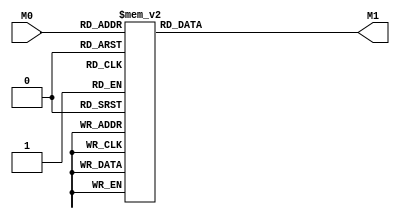
module layer3_N12 ( input [9:0] M0, output [1:0] M1 );

	(*rom_style = "distributed" *) reg [1:0] M1r;
	assign M1 = M1r;
	always @ (M0) begin
		case (M0)
			10'b0000000000: M1r = 2'b00;
			10'b0100000000: M1r = 2'b01;
			10'b1000000000: M1r = 2'b01;
			10'b1100000000: M1r = 2'b01;
			10'b0001000000: M1r = 2'b00;
			10'b0101000000: M1r = 2'b00;
			10'b1001000000: M1r = 2'b00;
			10'b1101000000: M1r = 2'b01;
			10'b0010000000: M1r = 2'b00;
			10'b0110000000: M1r = 2'b00;
			10'b1010000000: M1r = 2'b00;
			10'b1110000000: M1r = 2'b00;
			10'b0011000000: M1r = 2'b00;
			10'b0111000000: M1r = 2'b00;
			10'b1011000000: M1r = 2'b00;
			10'b1111000000: M1r = 2'b00;
			10'b0000010000: M1r = 2'b01;
			10'b0100010000: M1r = 2'b10;
			10'b1000010000: M1r = 2'b10;
			10'b1100010000: M1r = 2'b10;
			10'b0001010000: M1r = 2'b01;
			10'b0101010000: M1r = 2'b01;
			10'b1001010000: M1r = 2'b01;
			10'b1101010000: M1r = 2'b10;
			10'b0010010000: M1r = 2'b00;
			10'b0110010000: M1r = 2'b01;
			10'b1010010000: M1r = 2'b01;
			10'b1110010000: M1r = 2'b01;
			10'b0011010000: M1r = 2'b00;
			10'b0111010000: M1r = 2'b00;
			10'b1011010000: M1r = 2'b00;
			10'b1111010000: M1r = 2'b01;
			10'b0000100000: M1r = 2'b11;
			10'b0100100000: M1r = 2'b11;
			10'b1000100000: M1r = 2'b11;
			10'b1100100000: M1r = 2'b11;
			10'b0001100000: M1r = 2'b10;
			10'b0101100000: M1r = 2'b10;
			10'b1001100000: M1r = 2'b11;
			10'b1101100000: M1r = 2'b11;
			10'b0010100000: M1r = 2'b01;
			10'b0110100000: M1r = 2'b10;
			10'b1010100000: M1r = 2'b10;
			10'b1110100000: M1r = 2'b10;
			10'b0011100000: M1r = 2'b01;
			10'b0111100000: M1r = 2'b01;
			10'b1011100000: M1r = 2'b01;
			10'b1111100000: M1r = 2'b10;
			10'b0000110000: M1r = 2'b11;
			10'b0100110000: M1r = 2'b11;
			10'b1000110000: M1r = 2'b11;
			10'b1100110000: M1r = 2'b11;
			10'b0001110000: M1r = 2'b11;
			10'b0101110000: M1r = 2'b11;
			10'b1001110000: M1r = 2'b11;
			10'b1101110000: M1r = 2'b11;
			10'b0010110000: M1r = 2'b11;
			10'b0110110000: M1r = 2'b11;
			10'b1010110000: M1r = 2'b11;
			10'b1110110000: M1r = 2'b11;
			10'b0011110000: M1r = 2'b10;
			10'b0111110000: M1r = 2'b10;
			10'b1011110000: M1r = 2'b11;
			10'b1111110000: M1r = 2'b11;
			10'b0000000100: M1r = 2'b01;
			10'b0100000100: M1r = 2'b01;
			10'b1000000100: M1r = 2'b01;
			10'b1100000100: M1r = 2'b01;
			10'b0001000100: M1r = 2'b00;
			10'b0101000100: M1r = 2'b00;
			10'b1001000100: M1r = 2'b01;
			10'b1101000100: M1r = 2'b01;
			10'b0010000100: M1r = 2'b00;
			10'b0110000100: M1r = 2'b00;
			10'b1010000100: M1r = 2'b00;
			10'b1110000100: M1r = 2'b00;
			10'b0011000100: M1r = 2'b00;
			10'b0111000100: M1r = 2'b00;
			10'b1011000100: M1r = 2'b00;
			10'b1111000100: M1r = 2'b00;
			10'b0000010100: M1r = 2'b10;
			10'b0100010100: M1r = 2'b10;
			10'b1000010100: M1r = 2'b10;
			10'b1100010100: M1r = 2'b11;
			10'b0001010100: M1r = 2'b01;
			10'b0101010100: M1r = 2'b01;
			10'b1001010100: M1r = 2'b10;
			10'b1101010100: M1r = 2'b10;
			10'b0010010100: M1r = 2'b01;
			10'b0110010100: M1r = 2'b01;
			10'b1010010100: M1r = 2'b01;
			10'b1110010100: M1r = 2'b01;
			10'b0011010100: M1r = 2'b00;
			10'b0111010100: M1r = 2'b00;
			10'b1011010100: M1r = 2'b01;
			10'b1111010100: M1r = 2'b01;
			10'b0000100100: M1r = 2'b11;
			10'b0100100100: M1r = 2'b11;
			10'b1000100100: M1r = 2'b11;
			10'b1100100100: M1r = 2'b11;
			10'b0001100100: M1r = 2'b10;
			10'b0101100100: M1r = 2'b11;
			10'b1001100100: M1r = 2'b11;
			10'b1101100100: M1r = 2'b11;
			10'b0010100100: M1r = 2'b10;
			10'b0110100100: M1r = 2'b10;
			10'b1010100100: M1r = 2'b10;
			10'b1110100100: M1r = 2'b11;
			10'b0011100100: M1r = 2'b01;
			10'b0111100100: M1r = 2'b01;
			10'b1011100100: M1r = 2'b10;
			10'b1111100100: M1r = 2'b10;
			10'b0000110100: M1r = 2'b11;
			10'b0100110100: M1r = 2'b11;
			10'b1000110100: M1r = 2'b11;
			10'b1100110100: M1r = 2'b11;
			10'b0001110100: M1r = 2'b11;
			10'b0101110100: M1r = 2'b11;
			10'b1001110100: M1r = 2'b11;
			10'b1101110100: M1r = 2'b11;
			10'b0010110100: M1r = 2'b11;
			10'b0110110100: M1r = 2'b11;
			10'b1010110100: M1r = 2'b11;
			10'b1110110100: M1r = 2'b11;
			10'b0011110100: M1r = 2'b10;
			10'b0111110100: M1r = 2'b11;
			10'b1011110100: M1r = 2'b11;
			10'b1111110100: M1r = 2'b11;
			10'b0000001000: M1r = 2'b01;
			10'b0100001000: M1r = 2'b01;
			10'b1000001000: M1r = 2'b01;
			10'b1100001000: M1r = 2'b10;
			10'b0001001000: M1r = 2'b00;
			10'b0101001000: M1r = 2'b01;
			10'b1001001000: M1r = 2'b01;
			10'b1101001000: M1r = 2'b01;
			10'b0010001000: M1r = 2'b00;
			10'b0110001000: M1r = 2'b00;
			10'b1010001000: M1r = 2'b00;
			10'b1110001000: M1r = 2'b01;
			10'b0011001000: M1r = 2'b00;
			10'b0111001000: M1r = 2'b00;
			10'b1011001000: M1r = 2'b00;
			10'b1111001000: M1r = 2'b00;
			10'b0000011000: M1r = 2'b10;
			10'b0100011000: M1r = 2'b10;
			10'b1000011000: M1r = 2'b11;
			10'b1100011000: M1r = 2'b11;
			10'b0001011000: M1r = 2'b01;
			10'b0101011000: M1r = 2'b10;
			10'b1001011000: M1r = 2'b10;
			10'b1101011000: M1r = 2'b10;
			10'b0010011000: M1r = 2'b01;
			10'b0110011000: M1r = 2'b01;
			10'b1010011000: M1r = 2'b01;
			10'b1110011000: M1r = 2'b10;
			10'b0011011000: M1r = 2'b00;
			10'b0111011000: M1r = 2'b01;
			10'b1011011000: M1r = 2'b01;
			10'b1111011000: M1r = 2'b01;
			10'b0000101000: M1r = 2'b11;
			10'b0100101000: M1r = 2'b11;
			10'b1000101000: M1r = 2'b11;
			10'b1100101000: M1r = 2'b11;
			10'b0001101000: M1r = 2'b11;
			10'b0101101000: M1r = 2'b11;
			10'b1001101000: M1r = 2'b11;
			10'b1101101000: M1r = 2'b11;
			10'b0010101000: M1r = 2'b10;
			10'b0110101000: M1r = 2'b10;
			10'b1010101000: M1r = 2'b11;
			10'b1110101000: M1r = 2'b11;
			10'b0011101000: M1r = 2'b01;
			10'b0111101000: M1r = 2'b10;
			10'b1011101000: M1r = 2'b10;
			10'b1111101000: M1r = 2'b10;
			10'b0000111000: M1r = 2'b11;
			10'b0100111000: M1r = 2'b11;
			10'b1000111000: M1r = 2'b11;
			10'b1100111000: M1r = 2'b11;
			10'b0001111000: M1r = 2'b11;
			10'b0101111000: M1r = 2'b11;
			10'b1001111000: M1r = 2'b11;
			10'b1101111000: M1r = 2'b11;
			10'b0010111000: M1r = 2'b11;
			10'b0110111000: M1r = 2'b11;
			10'b1010111000: M1r = 2'b11;
			10'b1110111000: M1r = 2'b11;
			10'b0011111000: M1r = 2'b10;
			10'b0111111000: M1r = 2'b11;
			10'b1011111000: M1r = 2'b11;
			10'b1111111000: M1r = 2'b11;
			10'b0000001100: M1r = 2'b01;
			10'b0100001100: M1r = 2'b01;
			10'b1000001100: M1r = 2'b10;
			10'b1100001100: M1r = 2'b10;
			10'b0001001100: M1r = 2'b01;
			10'b0101001100: M1r = 2'b01;
			10'b1001001100: M1r = 2'b01;
			10'b1101001100: M1r = 2'b01;
			10'b0010001100: M1r = 2'b00;
			10'b0110001100: M1r = 2'b00;
			10'b1010001100: M1r = 2'b01;
			10'b1110001100: M1r = 2'b01;
			10'b0011001100: M1r = 2'b00;
			10'b0111001100: M1r = 2'b00;
			10'b1011001100: M1r = 2'b00;
			10'b1111001100: M1r = 2'b00;
			10'b0000011100: M1r = 2'b10;
			10'b0100011100: M1r = 2'b11;
			10'b1000011100: M1r = 2'b11;
			10'b1100011100: M1r = 2'b11;
			10'b0001011100: M1r = 2'b10;
			10'b0101011100: M1r = 2'b10;
			10'b1001011100: M1r = 2'b10;
			10'b1101011100: M1r = 2'b11;
			10'b0010011100: M1r = 2'b01;
			10'b0110011100: M1r = 2'b01;
			10'b1010011100: M1r = 2'b10;
			10'b1110011100: M1r = 2'b10;
			10'b0011011100: M1r = 2'b00;
			10'b0111011100: M1r = 2'b01;
			10'b1011011100: M1r = 2'b01;
			10'b1111011100: M1r = 2'b01;
			10'b0000101100: M1r = 2'b11;
			10'b0100101100: M1r = 2'b11;
			10'b1000101100: M1r = 2'b11;
			10'b1100101100: M1r = 2'b11;
			10'b0001101100: M1r = 2'b11;
			10'b0101101100: M1r = 2'b11;
			10'b1001101100: M1r = 2'b11;
			10'b1101101100: M1r = 2'b11;
			10'b0010101100: M1r = 2'b10;
			10'b0110101100: M1r = 2'b11;
			10'b1010101100: M1r = 2'b11;
			10'b1110101100: M1r = 2'b11;
			10'b0011101100: M1r = 2'b10;
			10'b0111101100: M1r = 2'b10;
			10'b1011101100: M1r = 2'b10;
			10'b1111101100: M1r = 2'b11;
			10'b0000111100: M1r = 2'b11;
			10'b0100111100: M1r = 2'b11;
			10'b1000111100: M1r = 2'b11;
			10'b1100111100: M1r = 2'b11;
			10'b0001111100: M1r = 2'b11;
			10'b0101111100: M1r = 2'b11;
			10'b1001111100: M1r = 2'b11;
			10'b1101111100: M1r = 2'b11;
			10'b0010111100: M1r = 2'b11;
			10'b0110111100: M1r = 2'b11;
			10'b1010111100: M1r = 2'b11;
			10'b1110111100: M1r = 2'b11;
			10'b0011111100: M1r = 2'b11;
			10'b0111111100: M1r = 2'b11;
			10'b1011111100: M1r = 2'b11;
			10'b1111111100: M1r = 2'b11;
			10'b0000000001: M1r = 2'b00;
			10'b0100000001: M1r = 2'b00;
			10'b1000000001: M1r = 2'b00;
			10'b1100000001: M1r = 2'b00;
			10'b0001000001: M1r = 2'b00;
			10'b0101000001: M1r = 2'b00;
			10'b1001000001: M1r = 2'b00;
			10'b1101000001: M1r = 2'b00;
			10'b0010000001: M1r = 2'b00;
			10'b0110000001: M1r = 2'b00;
			10'b1010000001: M1r = 2'b00;
			10'b1110000001: M1r = 2'b00;
			10'b0011000001: M1r = 2'b00;
			10'b0111000001: M1r = 2'b00;
			10'b1011000001: M1r = 2'b00;
			10'b1111000001: M1r = 2'b00;
			10'b0000010001: M1r = 2'b00;
			10'b0100010001: M1r = 2'b01;
			10'b1000010001: M1r = 2'b01;
			10'b1100010001: M1r = 2'b01;
			10'b0001010001: M1r = 2'b00;
			10'b0101010001: M1r = 2'b00;
			10'b1001010001: M1r = 2'b00;
			10'b1101010001: M1r = 2'b01;
			10'b0010010001: M1r = 2'b00;
			10'b0110010001: M1r = 2'b00;
			10'b1010010001: M1r = 2'b00;
			10'b1110010001: M1r = 2'b00;
			10'b0011010001: M1r = 2'b00;
			10'b0111010001: M1r = 2'b00;
			10'b1011010001: M1r = 2'b00;
			10'b1111010001: M1r = 2'b00;
			10'b0000100001: M1r = 2'b01;
			10'b0100100001: M1r = 2'b10;
			10'b1000100001: M1r = 2'b10;
			10'b1100100001: M1r = 2'b10;
			10'b0001100001: M1r = 2'b01;
			10'b0101100001: M1r = 2'b01;
			10'b1001100001: M1r = 2'b01;
			10'b1101100001: M1r = 2'b10;
			10'b0010100001: M1r = 2'b00;
			10'b0110100001: M1r = 2'b01;
			10'b1010100001: M1r = 2'b01;
			10'b1110100001: M1r = 2'b01;
			10'b0011100001: M1r = 2'b00;
			10'b0111100001: M1r = 2'b00;
			10'b1011100001: M1r = 2'b00;
			10'b1111100001: M1r = 2'b01;
			10'b0000110001: M1r = 2'b11;
			10'b0100110001: M1r = 2'b11;
			10'b1000110001: M1r = 2'b11;
			10'b1100110001: M1r = 2'b11;
			10'b0001110001: M1r = 2'b10;
			10'b0101110001: M1r = 2'b10;
			10'b1001110001: M1r = 2'b11;
			10'b1101110001: M1r = 2'b11;
			10'b0010110001: M1r = 2'b01;
			10'b0110110001: M1r = 2'b10;
			10'b1010110001: M1r = 2'b10;
			10'b1110110001: M1r = 2'b10;
			10'b0011110001: M1r = 2'b01;
			10'b0111110001: M1r = 2'b01;
			10'b1011110001: M1r = 2'b01;
			10'b1111110001: M1r = 2'b10;
			10'b0000000101: M1r = 2'b00;
			10'b0100000101: M1r = 2'b00;
			10'b1000000101: M1r = 2'b00;
			10'b1100000101: M1r = 2'b00;
			10'b0001000101: M1r = 2'b00;
			10'b0101000101: M1r = 2'b00;
			10'b1001000101: M1r = 2'b00;
			10'b1101000101: M1r = 2'b00;
			10'b0010000101: M1r = 2'b00;
			10'b0110000101: M1r = 2'b00;
			10'b1010000101: M1r = 2'b00;
			10'b1110000101: M1r = 2'b00;
			10'b0011000101: M1r = 2'b00;
			10'b0111000101: M1r = 2'b00;
			10'b1011000101: M1r = 2'b00;
			10'b1111000101: M1r = 2'b00;
			10'b0000010101: M1r = 2'b01;
			10'b0100010101: M1r = 2'b01;
			10'b1000010101: M1r = 2'b01;
			10'b1100010101: M1r = 2'b01;
			10'b0001010101: M1r = 2'b00;
			10'b0101010101: M1r = 2'b00;
			10'b1001010101: M1r = 2'b01;
			10'b1101010101: M1r = 2'b01;
			10'b0010010101: M1r = 2'b00;
			10'b0110010101: M1r = 2'b00;
			10'b1010010101: M1r = 2'b00;
			10'b1110010101: M1r = 2'b00;
			10'b0011010101: M1r = 2'b00;
			10'b0111010101: M1r = 2'b00;
			10'b1011010101: M1r = 2'b00;
			10'b1111010101: M1r = 2'b00;
			10'b0000100101: M1r = 2'b10;
			10'b0100100101: M1r = 2'b10;
			10'b1000100101: M1r = 2'b10;
			10'b1100100101: M1r = 2'b11;
			10'b0001100101: M1r = 2'b01;
			10'b0101100101: M1r = 2'b01;
			10'b1001100101: M1r = 2'b10;
			10'b1101100101: M1r = 2'b10;
			10'b0010100101: M1r = 2'b01;
			10'b0110100101: M1r = 2'b01;
			10'b1010100101: M1r = 2'b01;
			10'b1110100101: M1r = 2'b01;
			10'b0011100101: M1r = 2'b00;
			10'b0111100101: M1r = 2'b00;
			10'b1011100101: M1r = 2'b01;
			10'b1111100101: M1r = 2'b01;
			10'b0000110101: M1r = 2'b11;
			10'b0100110101: M1r = 2'b11;
			10'b1000110101: M1r = 2'b11;
			10'b1100110101: M1r = 2'b11;
			10'b0001110101: M1r = 2'b10;
			10'b0101110101: M1r = 2'b11;
			10'b1001110101: M1r = 2'b11;
			10'b1101110101: M1r = 2'b11;
			10'b0010110101: M1r = 2'b10;
			10'b0110110101: M1r = 2'b10;
			10'b1010110101: M1r = 2'b10;
			10'b1110110101: M1r = 2'b11;
			10'b0011110101: M1r = 2'b01;
			10'b0111110101: M1r = 2'b01;
			10'b1011110101: M1r = 2'b10;
			10'b1111110101: M1r = 2'b10;
			10'b0000001001: M1r = 2'b00;
			10'b0100001001: M1r = 2'b00;
			10'b1000001001: M1r = 2'b00;
			10'b1100001001: M1r = 2'b01;
			10'b0001001001: M1r = 2'b00;
			10'b0101001001: M1r = 2'b00;
			10'b1001001001: M1r = 2'b00;
			10'b1101001001: M1r = 2'b00;
			10'b0010001001: M1r = 2'b00;
			10'b0110001001: M1r = 2'b00;
			10'b1010001001: M1r = 2'b00;
			10'b1110001001: M1r = 2'b00;
			10'b0011001001: M1r = 2'b00;
			10'b0111001001: M1r = 2'b00;
			10'b1011001001: M1r = 2'b00;
			10'b1111001001: M1r = 2'b00;
			10'b0000011001: M1r = 2'b01;
			10'b0100011001: M1r = 2'b01;
			10'b1000011001: M1r = 2'b01;
			10'b1100011001: M1r = 2'b10;
			10'b0001011001: M1r = 2'b00;
			10'b0101011001: M1r = 2'b01;
			10'b1001011001: M1r = 2'b01;
			10'b1101011001: M1r = 2'b01;
			10'b0010011001: M1r = 2'b00;
			10'b0110011001: M1r = 2'b00;
			10'b1010011001: M1r = 2'b00;
			10'b1110011001: M1r = 2'b01;
			10'b0011011001: M1r = 2'b00;
			10'b0111011001: M1r = 2'b00;
			10'b1011011001: M1r = 2'b00;
			10'b1111011001: M1r = 2'b00;
			10'b0000101001: M1r = 2'b10;
			10'b0100101001: M1r = 2'b10;
			10'b1000101001: M1r = 2'b11;
			10'b1100101001: M1r = 2'b11;
			10'b0001101001: M1r = 2'b01;
			10'b0101101001: M1r = 2'b10;
			10'b1001101001: M1r = 2'b10;
			10'b1101101001: M1r = 2'b10;
			10'b0010101001: M1r = 2'b01;
			10'b0110101001: M1r = 2'b01;
			10'b1010101001: M1r = 2'b01;
			10'b1110101001: M1r = 2'b10;
			10'b0011101001: M1r = 2'b00;
			10'b0111101001: M1r = 2'b01;
			10'b1011101001: M1r = 2'b01;
			10'b1111101001: M1r = 2'b01;
			10'b0000111001: M1r = 2'b11;
			10'b0100111001: M1r = 2'b11;
			10'b1000111001: M1r = 2'b11;
			10'b1100111001: M1r = 2'b11;
			10'b0001111001: M1r = 2'b11;
			10'b0101111001: M1r = 2'b11;
			10'b1001111001: M1r = 2'b11;
			10'b1101111001: M1r = 2'b11;
			10'b0010111001: M1r = 2'b10;
			10'b0110111001: M1r = 2'b10;
			10'b1010111001: M1r = 2'b11;
			10'b1110111001: M1r = 2'b11;
			10'b0011111001: M1r = 2'b01;
			10'b0111111001: M1r = 2'b10;
			10'b1011111001: M1r = 2'b10;
			10'b1111111001: M1r = 2'b10;
			10'b0000001101: M1r = 2'b00;
			10'b0100001101: M1r = 2'b00;
			10'b1000001101: M1r = 2'b01;
			10'b1100001101: M1r = 2'b01;
			10'b0001001101: M1r = 2'b00;
			10'b0101001101: M1r = 2'b00;
			10'b1001001101: M1r = 2'b00;
			10'b1101001101: M1r = 2'b00;
			10'b0010001101: M1r = 2'b00;
			10'b0110001101: M1r = 2'b00;
			10'b1010001101: M1r = 2'b00;
			10'b1110001101: M1r = 2'b00;
			10'b0011001101: M1r = 2'b00;
			10'b0111001101: M1r = 2'b00;
			10'b1011001101: M1r = 2'b00;
			10'b1111001101: M1r = 2'b00;
			10'b0000011101: M1r = 2'b01;
			10'b0100011101: M1r = 2'b01;
			10'b1000011101: M1r = 2'b10;
			10'b1100011101: M1r = 2'b10;
			10'b0001011101: M1r = 2'b01;
			10'b0101011101: M1r = 2'b01;
			10'b1001011101: M1r = 2'b01;
			10'b1101011101: M1r = 2'b01;
			10'b0010011101: M1r = 2'b00;
			10'b0110011101: M1r = 2'b00;
			10'b1010011101: M1r = 2'b01;
			10'b1110011101: M1r = 2'b01;
			10'b0011011101: M1r = 2'b00;
			10'b0111011101: M1r = 2'b00;
			10'b1011011101: M1r = 2'b00;
			10'b1111011101: M1r = 2'b00;
			10'b0000101101: M1r = 2'b10;
			10'b0100101101: M1r = 2'b11;
			10'b1000101101: M1r = 2'b11;
			10'b1100101101: M1r = 2'b11;
			10'b0001101101: M1r = 2'b10;
			10'b0101101101: M1r = 2'b10;
			10'b1001101101: M1r = 2'b10;
			10'b1101101101: M1r = 2'b11;
			10'b0010101101: M1r = 2'b01;
			10'b0110101101: M1r = 2'b01;
			10'b1010101101: M1r = 2'b10;
			10'b1110101101: M1r = 2'b10;
			10'b0011101101: M1r = 2'b01;
			10'b0111101101: M1r = 2'b01;
			10'b1011101101: M1r = 2'b01;
			10'b1111101101: M1r = 2'b01;
			10'b0000111101: M1r = 2'b11;
			10'b0100111101: M1r = 2'b11;
			10'b1000111101: M1r = 2'b11;
			10'b1100111101: M1r = 2'b11;
			10'b0001111101: M1r = 2'b11;
			10'b0101111101: M1r = 2'b11;
			10'b1001111101: M1r = 2'b11;
			10'b1101111101: M1r = 2'b11;
			10'b0010111101: M1r = 2'b10;
			10'b0110111101: M1r = 2'b11;
			10'b1010111101: M1r = 2'b11;
			10'b1110111101: M1r = 2'b11;
			10'b0011111101: M1r = 2'b10;
			10'b0111111101: M1r = 2'b10;
			10'b1011111101: M1r = 2'b10;
			10'b1111111101: M1r = 2'b11;
			10'b0000000010: M1r = 2'b00;
			10'b0100000010: M1r = 2'b00;
			10'b1000000010: M1r = 2'b00;
			10'b1100000010: M1r = 2'b00;
			10'b0001000010: M1r = 2'b00;
			10'b0101000010: M1r = 2'b00;
			10'b1001000010: M1r = 2'b00;
			10'b1101000010: M1r = 2'b00;
			10'b0010000010: M1r = 2'b00;
			10'b0110000010: M1r = 2'b00;
			10'b1010000010: M1r = 2'b00;
			10'b1110000010: M1r = 2'b00;
			10'b0011000010: M1r = 2'b00;
			10'b0111000010: M1r = 2'b00;
			10'b1011000010: M1r = 2'b00;
			10'b1111000010: M1r = 2'b00;
			10'b0000010010: M1r = 2'b00;
			10'b0100010010: M1r = 2'b00;
			10'b1000010010: M1r = 2'b00;
			10'b1100010010: M1r = 2'b00;
			10'b0001010010: M1r = 2'b00;
			10'b0101010010: M1r = 2'b00;
			10'b1001010010: M1r = 2'b00;
			10'b1101010010: M1r = 2'b00;
			10'b0010010010: M1r = 2'b00;
			10'b0110010010: M1r = 2'b00;
			10'b1010010010: M1r = 2'b00;
			10'b1110010010: M1r = 2'b00;
			10'b0011010010: M1r = 2'b00;
			10'b0111010010: M1r = 2'b00;
			10'b1011010010: M1r = 2'b00;
			10'b1111010010: M1r = 2'b00;
			10'b0000100010: M1r = 2'b00;
			10'b0100100010: M1r = 2'b01;
			10'b1000100010: M1r = 2'b01;
			10'b1100100010: M1r = 2'b01;
			10'b0001100010: M1r = 2'b00;
			10'b0101100010: M1r = 2'b00;
			10'b1001100010: M1r = 2'b00;
			10'b1101100010: M1r = 2'b01;
			10'b0010100010: M1r = 2'b00;
			10'b0110100010: M1r = 2'b00;
			10'b1010100010: M1r = 2'b00;
			10'b1110100010: M1r = 2'b00;
			10'b0011100010: M1r = 2'b00;
			10'b0111100010: M1r = 2'b00;
			10'b1011100010: M1r = 2'b00;
			10'b1111100010: M1r = 2'b00;
			10'b0000110010: M1r = 2'b01;
			10'b0100110010: M1r = 2'b10;
			10'b1000110010: M1r = 2'b10;
			10'b1100110010: M1r = 2'b10;
			10'b0001110010: M1r = 2'b01;
			10'b0101110010: M1r = 2'b01;
			10'b1001110010: M1r = 2'b01;
			10'b1101110010: M1r = 2'b10;
			10'b0010110010: M1r = 2'b00;
			10'b0110110010: M1r = 2'b01;
			10'b1010110010: M1r = 2'b01;
			10'b1110110010: M1r = 2'b01;
			10'b0011110010: M1r = 2'b00;
			10'b0111110010: M1r = 2'b00;
			10'b1011110010: M1r = 2'b00;
			10'b1111110010: M1r = 2'b01;
			10'b0000000110: M1r = 2'b00;
			10'b0100000110: M1r = 2'b00;
			10'b1000000110: M1r = 2'b00;
			10'b1100000110: M1r = 2'b00;
			10'b0001000110: M1r = 2'b00;
			10'b0101000110: M1r = 2'b00;
			10'b1001000110: M1r = 2'b00;
			10'b1101000110: M1r = 2'b00;
			10'b0010000110: M1r = 2'b00;
			10'b0110000110: M1r = 2'b00;
			10'b1010000110: M1r = 2'b00;
			10'b1110000110: M1r = 2'b00;
			10'b0011000110: M1r = 2'b00;
			10'b0111000110: M1r = 2'b00;
			10'b1011000110: M1r = 2'b00;
			10'b1111000110: M1r = 2'b00;
			10'b0000010110: M1r = 2'b00;
			10'b0100010110: M1r = 2'b00;
			10'b1000010110: M1r = 2'b00;
			10'b1100010110: M1r = 2'b00;
			10'b0001010110: M1r = 2'b00;
			10'b0101010110: M1r = 2'b00;
			10'b1001010110: M1r = 2'b00;
			10'b1101010110: M1r = 2'b00;
			10'b0010010110: M1r = 2'b00;
			10'b0110010110: M1r = 2'b00;
			10'b1010010110: M1r = 2'b00;
			10'b1110010110: M1r = 2'b00;
			10'b0011010110: M1r = 2'b00;
			10'b0111010110: M1r = 2'b00;
			10'b1011010110: M1r = 2'b00;
			10'b1111010110: M1r = 2'b00;
			10'b0000100110: M1r = 2'b01;
			10'b0100100110: M1r = 2'b01;
			10'b1000100110: M1r = 2'b01;
			10'b1100100110: M1r = 2'b10;
			10'b0001100110: M1r = 2'b00;
			10'b0101100110: M1r = 2'b00;
			10'b1001100110: M1r = 2'b01;
			10'b1101100110: M1r = 2'b01;
			10'b0010100110: M1r = 2'b00;
			10'b0110100110: M1r = 2'b00;
			10'b1010100110: M1r = 2'b00;
			10'b1110100110: M1r = 2'b00;
			10'b0011100110: M1r = 2'b00;
			10'b0111100110: M1r = 2'b00;
			10'b1011100110: M1r = 2'b00;
			10'b1111100110: M1r = 2'b00;
			10'b0000110110: M1r = 2'b10;
			10'b0100110110: M1r = 2'b10;
			10'b1000110110: M1r = 2'b10;
			10'b1100110110: M1r = 2'b11;
			10'b0001110110: M1r = 2'b01;
			10'b0101110110: M1r = 2'b01;
			10'b1001110110: M1r = 2'b10;
			10'b1101110110: M1r = 2'b10;
			10'b0010110110: M1r = 2'b01;
			10'b0110110110: M1r = 2'b01;
			10'b1010110110: M1r = 2'b01;
			10'b1110110110: M1r = 2'b01;
			10'b0011110110: M1r = 2'b00;
			10'b0111110110: M1r = 2'b00;
			10'b1011110110: M1r = 2'b01;
			10'b1111110110: M1r = 2'b01;
			10'b0000001010: M1r = 2'b00;
			10'b0100001010: M1r = 2'b00;
			10'b1000001010: M1r = 2'b00;
			10'b1100001010: M1r = 2'b00;
			10'b0001001010: M1r = 2'b00;
			10'b0101001010: M1r = 2'b00;
			10'b1001001010: M1r = 2'b00;
			10'b1101001010: M1r = 2'b00;
			10'b0010001010: M1r = 2'b00;
			10'b0110001010: M1r = 2'b00;
			10'b1010001010: M1r = 2'b00;
			10'b1110001010: M1r = 2'b00;
			10'b0011001010: M1r = 2'b00;
			10'b0111001010: M1r = 2'b00;
			10'b1011001010: M1r = 2'b00;
			10'b1111001010: M1r = 2'b00;
			10'b0000011010: M1r = 2'b00;
			10'b0100011010: M1r = 2'b00;
			10'b1000011010: M1r = 2'b00;
			10'b1100011010: M1r = 2'b01;
			10'b0001011010: M1r = 2'b00;
			10'b0101011010: M1r = 2'b00;
			10'b1001011010: M1r = 2'b00;
			10'b1101011010: M1r = 2'b00;
			10'b0010011010: M1r = 2'b00;
			10'b0110011010: M1r = 2'b00;
			10'b1010011010: M1r = 2'b00;
			10'b1110011010: M1r = 2'b00;
			10'b0011011010: M1r = 2'b00;
			10'b0111011010: M1r = 2'b00;
			10'b1011011010: M1r = 2'b00;
			10'b1111011010: M1r = 2'b00;
			10'b0000101010: M1r = 2'b01;
			10'b0100101010: M1r = 2'b01;
			10'b1000101010: M1r = 2'b01;
			10'b1100101010: M1r = 2'b10;
			10'b0001101010: M1r = 2'b00;
			10'b0101101010: M1r = 2'b01;
			10'b1001101010: M1r = 2'b01;
			10'b1101101010: M1r = 2'b01;
			10'b0010101010: M1r = 2'b00;
			10'b0110101010: M1r = 2'b00;
			10'b1010101010: M1r = 2'b00;
			10'b1110101010: M1r = 2'b01;
			10'b0011101010: M1r = 2'b00;
			10'b0111101010: M1r = 2'b00;
			10'b1011101010: M1r = 2'b00;
			10'b1111101010: M1r = 2'b00;
			10'b0000111010: M1r = 2'b10;
			10'b0100111010: M1r = 2'b10;
			10'b1000111010: M1r = 2'b11;
			10'b1100111010: M1r = 2'b11;
			10'b0001111010: M1r = 2'b01;
			10'b0101111010: M1r = 2'b10;
			10'b1001111010: M1r = 2'b10;
			10'b1101111010: M1r = 2'b10;
			10'b0010111010: M1r = 2'b01;
			10'b0110111010: M1r = 2'b01;
			10'b1010111010: M1r = 2'b01;
			10'b1110111010: M1r = 2'b10;
			10'b0011111010: M1r = 2'b00;
			10'b0111111010: M1r = 2'b01;
			10'b1011111010: M1r = 2'b01;
			10'b1111111010: M1r = 2'b01;
			10'b0000001110: M1r = 2'b00;
			10'b0100001110: M1r = 2'b00;
			10'b1000001110: M1r = 2'b00;
			10'b1100001110: M1r = 2'b00;
			10'b0001001110: M1r = 2'b00;
			10'b0101001110: M1r = 2'b00;
			10'b1001001110: M1r = 2'b00;
			10'b1101001110: M1r = 2'b00;
			10'b0010001110: M1r = 2'b00;
			10'b0110001110: M1r = 2'b00;
			10'b1010001110: M1r = 2'b00;
			10'b1110001110: M1r = 2'b00;
			10'b0011001110: M1r = 2'b00;
			10'b0111001110: M1r = 2'b00;
			10'b1011001110: M1r = 2'b00;
			10'b1111001110: M1r = 2'b00;
			10'b0000011110: M1r = 2'b00;
			10'b0100011110: M1r = 2'b00;
			10'b1000011110: M1r = 2'b01;
			10'b1100011110: M1r = 2'b01;
			10'b0001011110: M1r = 2'b00;
			10'b0101011110: M1r = 2'b00;
			10'b1001011110: M1r = 2'b00;
			10'b1101011110: M1r = 2'b00;
			10'b0010011110: M1r = 2'b00;
			10'b0110011110: M1r = 2'b00;
			10'b1010011110: M1r = 2'b00;
			10'b1110011110: M1r = 2'b00;
			10'b0011011110: M1r = 2'b00;
			10'b0111011110: M1r = 2'b00;
			10'b1011011110: M1r = 2'b00;
			10'b1111011110: M1r = 2'b00;
			10'b0000101110: M1r = 2'b01;
			10'b0100101110: M1r = 2'b01;
			10'b1000101110: M1r = 2'b10;
			10'b1100101110: M1r = 2'b10;
			10'b0001101110: M1r = 2'b01;
			10'b0101101110: M1r = 2'b01;
			10'b1001101110: M1r = 2'b01;
			10'b1101101110: M1r = 2'b10;
			10'b0010101110: M1r = 2'b00;
			10'b0110101110: M1r = 2'b00;
			10'b1010101110: M1r = 2'b01;
			10'b1110101110: M1r = 2'b01;
			10'b0011101110: M1r = 2'b00;
			10'b0111101110: M1r = 2'b00;
			10'b1011101110: M1r = 2'b00;
			10'b1111101110: M1r = 2'b00;
			10'b0000111110: M1r = 2'b10;
			10'b0100111110: M1r = 2'b11;
			10'b1000111110: M1r = 2'b11;
			10'b1100111110: M1r = 2'b11;
			10'b0001111110: M1r = 2'b10;
			10'b0101111110: M1r = 2'b10;
			10'b1001111110: M1r = 2'b10;
			10'b1101111110: M1r = 2'b11;
			10'b0010111110: M1r = 2'b01;
			10'b0110111110: M1r = 2'b01;
			10'b1010111110: M1r = 2'b10;
			10'b1110111110: M1r = 2'b10;
			10'b0011111110: M1r = 2'b01;
			10'b0111111110: M1r = 2'b01;
			10'b1011111110: M1r = 2'b01;
			10'b1111111110: M1r = 2'b01;
			10'b0000000011: M1r = 2'b00;
			10'b0100000011: M1r = 2'b00;
			10'b1000000011: M1r = 2'b00;
			10'b1100000011: M1r = 2'b00;
			10'b0001000011: M1r = 2'b00;
			10'b0101000011: M1r = 2'b00;
			10'b1001000011: M1r = 2'b00;
			10'b1101000011: M1r = 2'b00;
			10'b0010000011: M1r = 2'b00;
			10'b0110000011: M1r = 2'b00;
			10'b1010000011: M1r = 2'b00;
			10'b1110000011: M1r = 2'b00;
			10'b0011000011: M1r = 2'b00;
			10'b0111000011: M1r = 2'b00;
			10'b1011000011: M1r = 2'b00;
			10'b1111000011: M1r = 2'b00;
			10'b0000010011: M1r = 2'b00;
			10'b0100010011: M1r = 2'b00;
			10'b1000010011: M1r = 2'b00;
			10'b1100010011: M1r = 2'b00;
			10'b0001010011: M1r = 2'b00;
			10'b0101010011: M1r = 2'b00;
			10'b1001010011: M1r = 2'b00;
			10'b1101010011: M1r = 2'b00;
			10'b0010010011: M1r = 2'b00;
			10'b0110010011: M1r = 2'b00;
			10'b1010010011: M1r = 2'b00;
			10'b1110010011: M1r = 2'b00;
			10'b0011010011: M1r = 2'b00;
			10'b0111010011: M1r = 2'b00;
			10'b1011010011: M1r = 2'b00;
			10'b1111010011: M1r = 2'b00;
			10'b0000100011: M1r = 2'b00;
			10'b0100100011: M1r = 2'b00;
			10'b1000100011: M1r = 2'b00;
			10'b1100100011: M1r = 2'b00;
			10'b0001100011: M1r = 2'b00;
			10'b0101100011: M1r = 2'b00;
			10'b1001100011: M1r = 2'b00;
			10'b1101100011: M1r = 2'b00;
			10'b0010100011: M1r = 2'b00;
			10'b0110100011: M1r = 2'b00;
			10'b1010100011: M1r = 2'b00;
			10'b1110100011: M1r = 2'b00;
			10'b0011100011: M1r = 2'b00;
			10'b0111100011: M1r = 2'b00;
			10'b1011100011: M1r = 2'b00;
			10'b1111100011: M1r = 2'b00;
			10'b0000110011: M1r = 2'b00;
			10'b0100110011: M1r = 2'b01;
			10'b1000110011: M1r = 2'b01;
			10'b1100110011: M1r = 2'b01;
			10'b0001110011: M1r = 2'b00;
			10'b0101110011: M1r = 2'b00;
			10'b1001110011: M1r = 2'b00;
			10'b1101110011: M1r = 2'b01;
			10'b0010110011: M1r = 2'b00;
			10'b0110110011: M1r = 2'b00;
			10'b1010110011: M1r = 2'b00;
			10'b1110110011: M1r = 2'b00;
			10'b0011110011: M1r = 2'b00;
			10'b0111110011: M1r = 2'b00;
			10'b1011110011: M1r = 2'b00;
			10'b1111110011: M1r = 2'b00;
			10'b0000000111: M1r = 2'b00;
			10'b0100000111: M1r = 2'b00;
			10'b1000000111: M1r = 2'b00;
			10'b1100000111: M1r = 2'b00;
			10'b0001000111: M1r = 2'b00;
			10'b0101000111: M1r = 2'b00;
			10'b1001000111: M1r = 2'b00;
			10'b1101000111: M1r = 2'b00;
			10'b0010000111: M1r = 2'b00;
			10'b0110000111: M1r = 2'b00;
			10'b1010000111: M1r = 2'b00;
			10'b1110000111: M1r = 2'b00;
			10'b0011000111: M1r = 2'b00;
			10'b0111000111: M1r = 2'b00;
			10'b1011000111: M1r = 2'b00;
			10'b1111000111: M1r = 2'b00;
			10'b0000010111: M1r = 2'b00;
			10'b0100010111: M1r = 2'b00;
			10'b1000010111: M1r = 2'b00;
			10'b1100010111: M1r = 2'b00;
			10'b0001010111: M1r = 2'b00;
			10'b0101010111: M1r = 2'b00;
			10'b1001010111: M1r = 2'b00;
			10'b1101010111: M1r = 2'b00;
			10'b0010010111: M1r = 2'b00;
			10'b0110010111: M1r = 2'b00;
			10'b1010010111: M1r = 2'b00;
			10'b1110010111: M1r = 2'b00;
			10'b0011010111: M1r = 2'b00;
			10'b0111010111: M1r = 2'b00;
			10'b1011010111: M1r = 2'b00;
			10'b1111010111: M1r = 2'b00;
			10'b0000100111: M1r = 2'b00;
			10'b0100100111: M1r = 2'b00;
			10'b1000100111: M1r = 2'b00;
			10'b1100100111: M1r = 2'b00;
			10'b0001100111: M1r = 2'b00;
			10'b0101100111: M1r = 2'b00;
			10'b1001100111: M1r = 2'b00;
			10'b1101100111: M1r = 2'b00;
			10'b0010100111: M1r = 2'b00;
			10'b0110100111: M1r = 2'b00;
			10'b1010100111: M1r = 2'b00;
			10'b1110100111: M1r = 2'b00;
			10'b0011100111: M1r = 2'b00;
			10'b0111100111: M1r = 2'b00;
			10'b1011100111: M1r = 2'b00;
			10'b1111100111: M1r = 2'b00;
			10'b0000110111: M1r = 2'b01;
			10'b0100110111: M1r = 2'b01;
			10'b1000110111: M1r = 2'b01;
			10'b1100110111: M1r = 2'b10;
			10'b0001110111: M1r = 2'b00;
			10'b0101110111: M1r = 2'b00;
			10'b1001110111: M1r = 2'b01;
			10'b1101110111: M1r = 2'b01;
			10'b0010110111: M1r = 2'b00;
			10'b0110110111: M1r = 2'b00;
			10'b1010110111: M1r = 2'b00;
			10'b1110110111: M1r = 2'b00;
			10'b0011110111: M1r = 2'b00;
			10'b0111110111: M1r = 2'b00;
			10'b1011110111: M1r = 2'b00;
			10'b1111110111: M1r = 2'b00;
			10'b0000001011: M1r = 2'b00;
			10'b0100001011: M1r = 2'b00;
			10'b1000001011: M1r = 2'b00;
			10'b1100001011: M1r = 2'b00;
			10'b0001001011: M1r = 2'b00;
			10'b0101001011: M1r = 2'b00;
			10'b1001001011: M1r = 2'b00;
			10'b1101001011: M1r = 2'b00;
			10'b0010001011: M1r = 2'b00;
			10'b0110001011: M1r = 2'b00;
			10'b1010001011: M1r = 2'b00;
			10'b1110001011: M1r = 2'b00;
			10'b0011001011: M1r = 2'b00;
			10'b0111001011: M1r = 2'b00;
			10'b1011001011: M1r = 2'b00;
			10'b1111001011: M1r = 2'b00;
			10'b0000011011: M1r = 2'b00;
			10'b0100011011: M1r = 2'b00;
			10'b1000011011: M1r = 2'b00;
			10'b1100011011: M1r = 2'b00;
			10'b0001011011: M1r = 2'b00;
			10'b0101011011: M1r = 2'b00;
			10'b1001011011: M1r = 2'b00;
			10'b1101011011: M1r = 2'b00;
			10'b0010011011: M1r = 2'b00;
			10'b0110011011: M1r = 2'b00;
			10'b1010011011: M1r = 2'b00;
			10'b1110011011: M1r = 2'b00;
			10'b0011011011: M1r = 2'b00;
			10'b0111011011: M1r = 2'b00;
			10'b1011011011: M1r = 2'b00;
			10'b1111011011: M1r = 2'b00;
			10'b0000101011: M1r = 2'b00;
			10'b0100101011: M1r = 2'b00;
			10'b1000101011: M1r = 2'b00;
			10'b1100101011: M1r = 2'b01;
			10'b0001101011: M1r = 2'b00;
			10'b0101101011: M1r = 2'b00;
			10'b1001101011: M1r = 2'b00;
			10'b1101101011: M1r = 2'b00;
			10'b0010101011: M1r = 2'b00;
			10'b0110101011: M1r = 2'b00;
			10'b1010101011: M1r = 2'b00;
			10'b1110101011: M1r = 2'b00;
			10'b0011101011: M1r = 2'b00;
			10'b0111101011: M1r = 2'b00;
			10'b1011101011: M1r = 2'b00;
			10'b1111101011: M1r = 2'b00;
			10'b0000111011: M1r = 2'b01;
			10'b0100111011: M1r = 2'b01;
			10'b1000111011: M1r = 2'b10;
			10'b1100111011: M1r = 2'b10;
			10'b0001111011: M1r = 2'b00;
			10'b0101111011: M1r = 2'b01;
			10'b1001111011: M1r = 2'b01;
			10'b1101111011: M1r = 2'b01;
			10'b0010111011: M1r = 2'b00;
			10'b0110111011: M1r = 2'b00;
			10'b1010111011: M1r = 2'b00;
			10'b1110111011: M1r = 2'b01;
			10'b0011111011: M1r = 2'b00;
			10'b0111111011: M1r = 2'b00;
			10'b1011111011: M1r = 2'b00;
			10'b1111111011: M1r = 2'b00;
			10'b0000001111: M1r = 2'b00;
			10'b0100001111: M1r = 2'b00;
			10'b1000001111: M1r = 2'b00;
			10'b1100001111: M1r = 2'b00;
			10'b0001001111: M1r = 2'b00;
			10'b0101001111: M1r = 2'b00;
			10'b1001001111: M1r = 2'b00;
			10'b1101001111: M1r = 2'b00;
			10'b0010001111: M1r = 2'b00;
			10'b0110001111: M1r = 2'b00;
			10'b1010001111: M1r = 2'b00;
			10'b1110001111: M1r = 2'b00;
			10'b0011001111: M1r = 2'b00;
			10'b0111001111: M1r = 2'b00;
			10'b1011001111: M1r = 2'b00;
			10'b1111001111: M1r = 2'b00;
			10'b0000011111: M1r = 2'b00;
			10'b0100011111: M1r = 2'b00;
			10'b1000011111: M1r = 2'b00;
			10'b1100011111: M1r = 2'b00;
			10'b0001011111: M1r = 2'b00;
			10'b0101011111: M1r = 2'b00;
			10'b1001011111: M1r = 2'b00;
			10'b1101011111: M1r = 2'b00;
			10'b0010011111: M1r = 2'b00;
			10'b0110011111: M1r = 2'b00;
			10'b1010011111: M1r = 2'b00;
			10'b1110011111: M1r = 2'b00;
			10'b0011011111: M1r = 2'b00;
			10'b0111011111: M1r = 2'b00;
			10'b1011011111: M1r = 2'b00;
			10'b1111011111: M1r = 2'b00;
			10'b0000101111: M1r = 2'b00;
			10'b0100101111: M1r = 2'b00;
			10'b1000101111: M1r = 2'b01;
			10'b1100101111: M1r = 2'b01;
			10'b0001101111: M1r = 2'b00;
			10'b0101101111: M1r = 2'b00;
			10'b1001101111: M1r = 2'b00;
			10'b1101101111: M1r = 2'b00;
			10'b0010101111: M1r = 2'b00;
			10'b0110101111: M1r = 2'b00;
			10'b1010101111: M1r = 2'b00;
			10'b1110101111: M1r = 2'b00;
			10'b0011101111: M1r = 2'b00;
			10'b0111101111: M1r = 2'b00;
			10'b1011101111: M1r = 2'b00;
			10'b1111101111: M1r = 2'b00;
			10'b0000111111: M1r = 2'b01;
			10'b0100111111: M1r = 2'b10;
			10'b1000111111: M1r = 2'b10;
			10'b1100111111: M1r = 2'b10;
			10'b0001111111: M1r = 2'b01;
			10'b0101111111: M1r = 2'b01;
			10'b1001111111: M1r = 2'b01;
			10'b1101111111: M1r = 2'b10;
			10'b0010111111: M1r = 2'b00;
			10'b0110111111: M1r = 2'b00;
			10'b1010111111: M1r = 2'b01;
			10'b1110111111: M1r = 2'b01;
			10'b0011111111: M1r = 2'b00;
			10'b0111111111: M1r = 2'b00;
			10'b1011111111: M1r = 2'b00;
			10'b1111111111: M1r = 2'b00;

		endcase
	end
endmodule